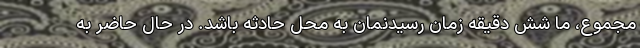
مجموع، ما شش دقیقه زمان رسیدنمان به محل حادثه باشد. در حال حاضر به